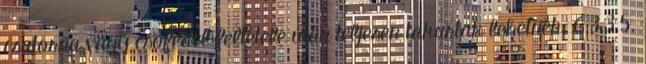
csatorna vagy csõfedél feltétele után teljesen takartak lehetnek. 6.3.3.5.